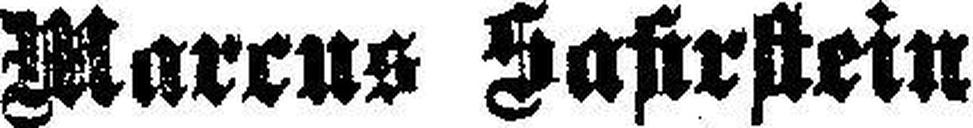
Marcus Sahrstein